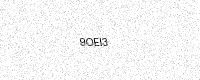
Text: 9OEI3